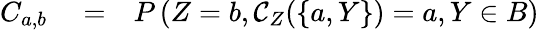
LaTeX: \begin{array}{rlr}{C_{a,b}}&{{}=}&{P\left(Z=b,\mathcal{C}_{Z}(\{ a,Y\} )=a,Y\in B\right)}\end{array}